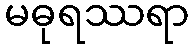
မဓုရဿရာ